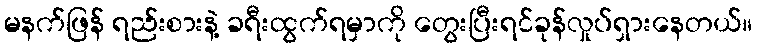
မနက်ဖြန် ရည်းစားနဲ့ ခရီးထွက်ရမှာကို တွေးပြီးရင်ခုန်လှုပ်ရှားနေတယ်။